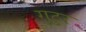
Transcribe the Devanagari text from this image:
गुटुर